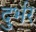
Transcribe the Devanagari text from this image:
दुर्भर